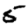
Digit: 5